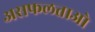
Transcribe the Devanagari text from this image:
असफलताओ